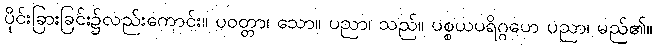
ပိုင်းခြားခြင်း၌လည်းကောင်း။ ပဝတ္တာ၊ သော။ ပညာ၊ သည်။ ပစ္စယပရိဂ္ဂဟေ ပညာ၊ မည်၏။